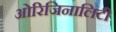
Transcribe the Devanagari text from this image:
ओरिजिनालिटी